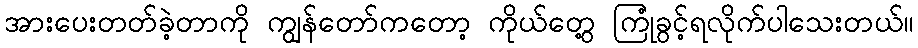
အားပေးတတ်ခဲ့တာကို ကျွန်တော်ကတော့ ကိုယ်တွေ့ ကြုံခွင့်ရလိုက်ပါသေးတယ်။